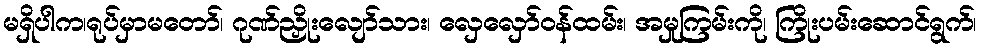
မရှိပါက၊ရုပ်မှာမတော်၊ ဂုဏ်ညှိုးလျော်သား၊ လှေလှော်ဝန်ထမ်း၊ အမှုကြမ်းကို၊ ကြိုးပမ်းဆောင်ရွက်၊